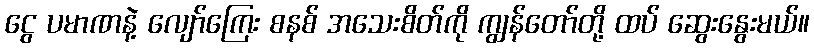
ငွေ ပမာဏနဲ့ လျော်ကြေး စနစ် အသေးစိတ်ကို ကျွန်တော်တို့ ထပ် ဆွေးနွေးမယ်။